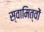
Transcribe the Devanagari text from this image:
स्वामित्वों